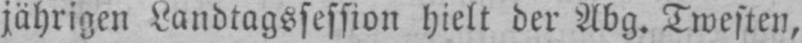
jährigen Landtagssession hielt der Abg. Twesten,